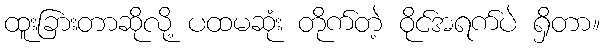
ထူးခြားတာဆိုလို့ ပထမဆုံး တိုက်တဲ့ ဝိုင်အရက်ပဲ ရှိတာ။